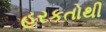
હરકતોથી